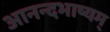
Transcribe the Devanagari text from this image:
आनन्दभाष्यम्